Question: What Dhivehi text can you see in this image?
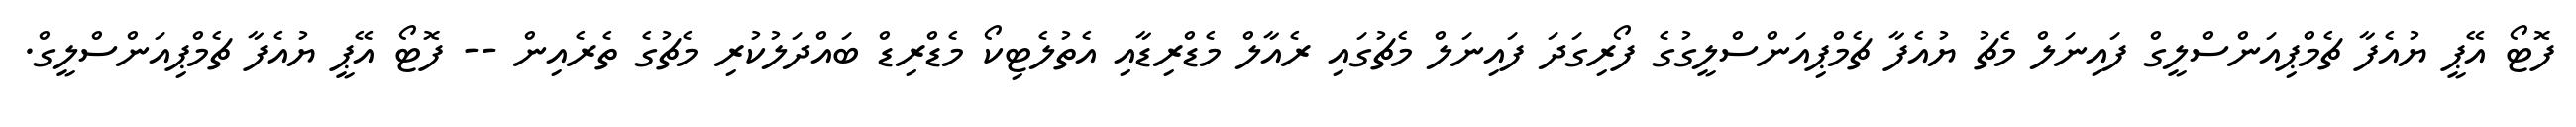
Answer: ފޮޓޯ އޭޕީ ޔުއެފާ ޗެމްޕިއަންސްލީގް ފައިނަލް މެޗު ޔުއެފާ ޗެމްޕިއަންސްލީގުގެ ފޯރިގަދަ ފައިނަލް މެޗުގައި ރެއާލް މެޑްރިޑާއި އެތުލެޓިކޯ މެޑްރިޑް ބައްދަލުކުރި މެޗުގެ ތެރެއިން -- ފޮޓޯ އޭޕީ ޔުއެފާ ޗެމްޕިއަންސްލީގް.